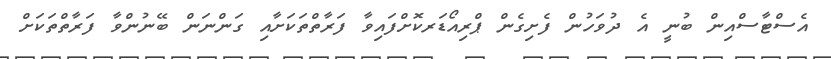
އެސްޓާސްއިން ބުނީ އެ ދުވަހުން ފެށިގެން ޕްރިއޯޑަރކޮށްފައިވާ ފަރާތްތަކަށާއި ގަންނަން ބޭނުންވާ ފަރާތްތަކަށް